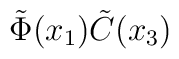
\tilde{\Phi}(x_1) \tilde{C}(x_3)